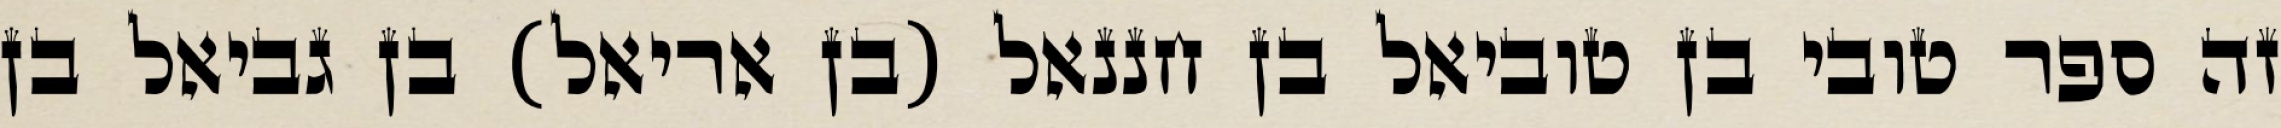
זה ספר טובי בן טוביאל בן חננאל (בן אריאל) בן גביאל בן